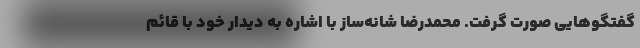
گفتگوهایی صورت گرفت. محمدرضا شانه‌ساز با اشاره به دیدار خود با قائم